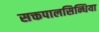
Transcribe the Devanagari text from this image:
सक्तपालसिन्धिया